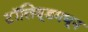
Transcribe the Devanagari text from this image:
टॉलिवूडमधून